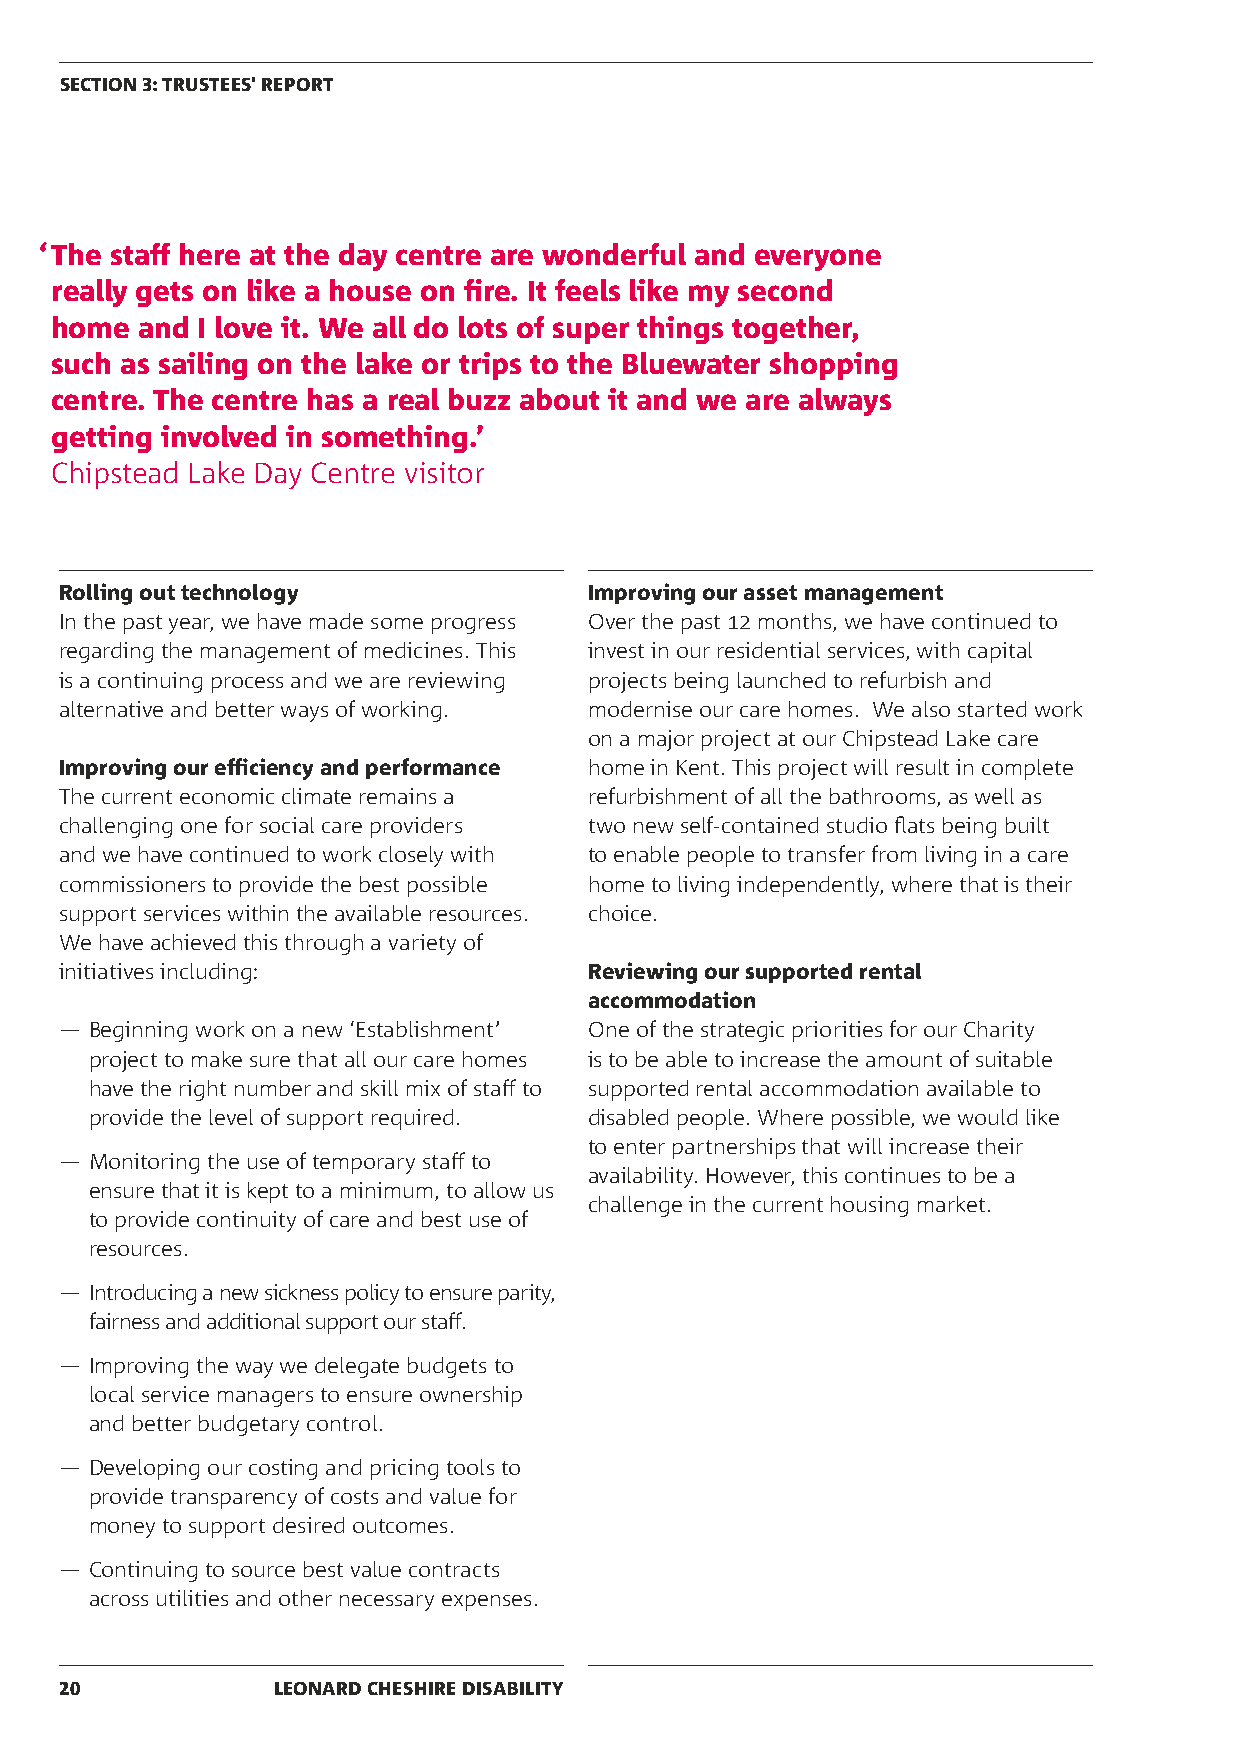
SECTION 3: TRUSTEES' REPORT
 ‘ The staff here at the day centre are wonderful and everyone
 really gets on like a house on fire. It feels like my second
 home  and I love it. We all do lots of super things together,
 such as sailing on the lake or trips to the Bluewater shopping
 centre. The centre has a real buzz about it and we are always
 getting involved in something.’
 Chipstead Lake Day Centre visitor
 Rolling out technology             Improving our asset management
 In the past year, we have made some progress Over the past 12 months, we have continued to
 regarding the management of medicines. This invest in our residential services, with capital
 is a continuing process and we are reviewing projects being launched to refurbish and
 alternative and better ways of working. modernise our care homes. We also started work
 on a major project at our Chipstead Lake care
 Improving our efficiency and performance home in Kent. This project will result in complete
 The current economic climate remains a refurbishment of all the bathrooms, as well as
 challenging one for social care providers two new self-contained studio flats being built
 and we have continued to work closely with to enable people to transfer from living in a care
 commissioners to provide the best possible home to living independently, where that is their
 support services within the available resources. choice.
 We have achieved this through a variety of
 initiatives including:             Reviewing our supported rental
 accommodation
 ― Beginning work on a new ‘Establishment’ One of the strategic priorities for our Charity
 project to make sure that all our care homes is to be able to increase the amount of suitable
 have the right number and skill mix of staff to supported rental accommodation available to
 provide the level of support required. disabled people. Where possible, we would like
 to enter partnerships that will increase their
 ― Monitoring the use of temporary staff to
 availability. However, this continues to be a
 ensure that it is kept to a minimum, to allow us
 challenge in the current housing market.
 to provide continuity of care and best use of
 resources.
 ― Introducing a new sickness policy to ensure parity,
 fairness and additional support our staff.
 ― Improving the way we delegate budgets to
 local service managers to ensure ownership
 and better budgetary control.
 ― Developing our costing and pricing tools to
 provide transparency of costs and value for
 money to support desired outcomes.
 ― Continuing to source best value contracts
 across utilities and other necessary expenses.
 20            LEONARD CHESHIRE DISABILITY